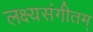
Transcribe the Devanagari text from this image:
लक्ष्यसंगीतम्‌